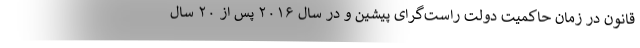
قانون در زمان حاکمیت دولت راست‌گرای پیشین و در سال ۲۰۱۶ پس از ۲۰ سال